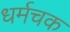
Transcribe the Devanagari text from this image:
धर्मचक